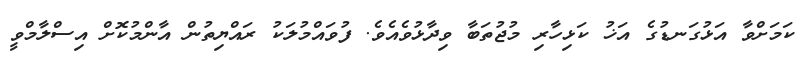
ކަމަށްވާ އަޅުގަނޑުގެ އަޚު ކަޅިހާރި މުޖުތަބާ ވިދާޅުވެއެވެ. ފުވައްމުލަކު ރައްޔިތުން އާންމުކޮށް އިސްލާމްވީ